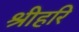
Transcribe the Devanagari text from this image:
श्रीहरि